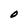
Character: O